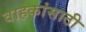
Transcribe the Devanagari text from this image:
वाहकांसाठी